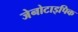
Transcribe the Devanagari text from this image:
जेनोटाइपिक